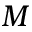
M